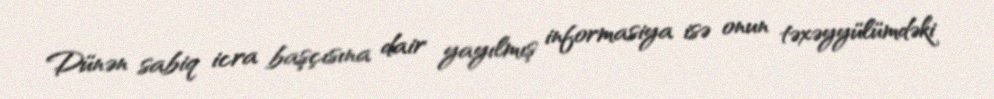
Dünən sabiq icra başçısına dair yayılmış informasiya isə onun təxəyyülümdəki